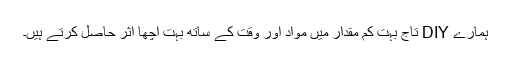
ہمارے DIY تاج بہت کم مقدار میں مواد اور وقت کے ساتھ بہت اچھا اثر حاصل کرتے ہیں۔